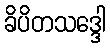
ခိပိတသဒ္ဒေါ